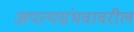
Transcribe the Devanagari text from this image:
अपत्यसंभवावरील